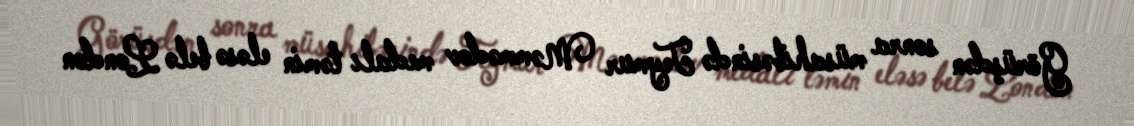
Görüşdən sonra müsahibəsində Teymur Məmmədov medalı təmin eləsə belə London